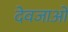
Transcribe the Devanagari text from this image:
देवजाओं